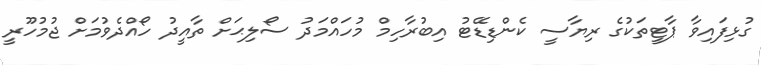
ގުޅިފައިވާ ޕާޓީތަކުގެ ރިޔާސީ ކެންޑިޑޭޓު އިބުރާހިމް މުހައްމަދު ސޯލިޙަށް ތާއީދު ހޯއްދެވުމަށް ޖުމުހޫރީ